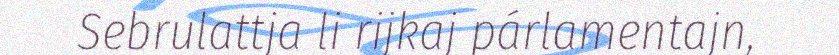
Sebrulattja li rijkaj párlamentajn,